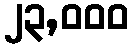
၂၃,၀၀၀